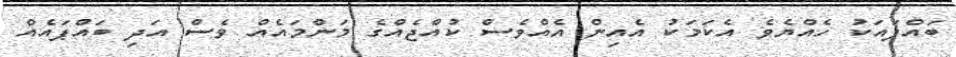
ބައްޕައަކު ހެއްޔެވެ އެކަމަކު އެއިން އެއްވެސް ކުއްޖެއްގެ މަންމައެއް ވެސް އަދި ބައްޕައެއް